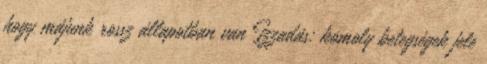
hogy májunk rossz állapotban van Izzadás: komoly betegségek jele